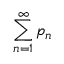
\sum _ { n = 1 } ^ { \infty } p _ { n }